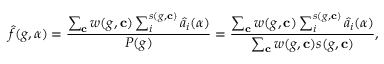
\hat { f } ( g , \alpha ) = \frac { \sum _ { \mathbf { c } } w ( g , \mathbf { c } ) \sum _ { i } ^ { s ( g , \mathbf { c } ) } \hat { a } _ { i } ( \alpha ) } { P ( g ) } = \frac { \sum _ { \mathbf { c } } w ( g , \mathbf { c } ) \sum _ { i } ^ { s ( g , \mathbf { c } ) } \hat { a } _ { i } ( \alpha ) } { \sum _ { \mathbf { c } } w ( g , \mathbf { c } ) s ( g , \mathbf { c } ) } ,